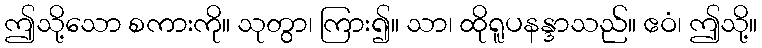
ဤသို့သော စကားကို။ သုတွာ၊ ကြား၍။ သာ၊ ထိုရူပနန္ဒာသည်။ ဧဝံ၊ ဤသို့။